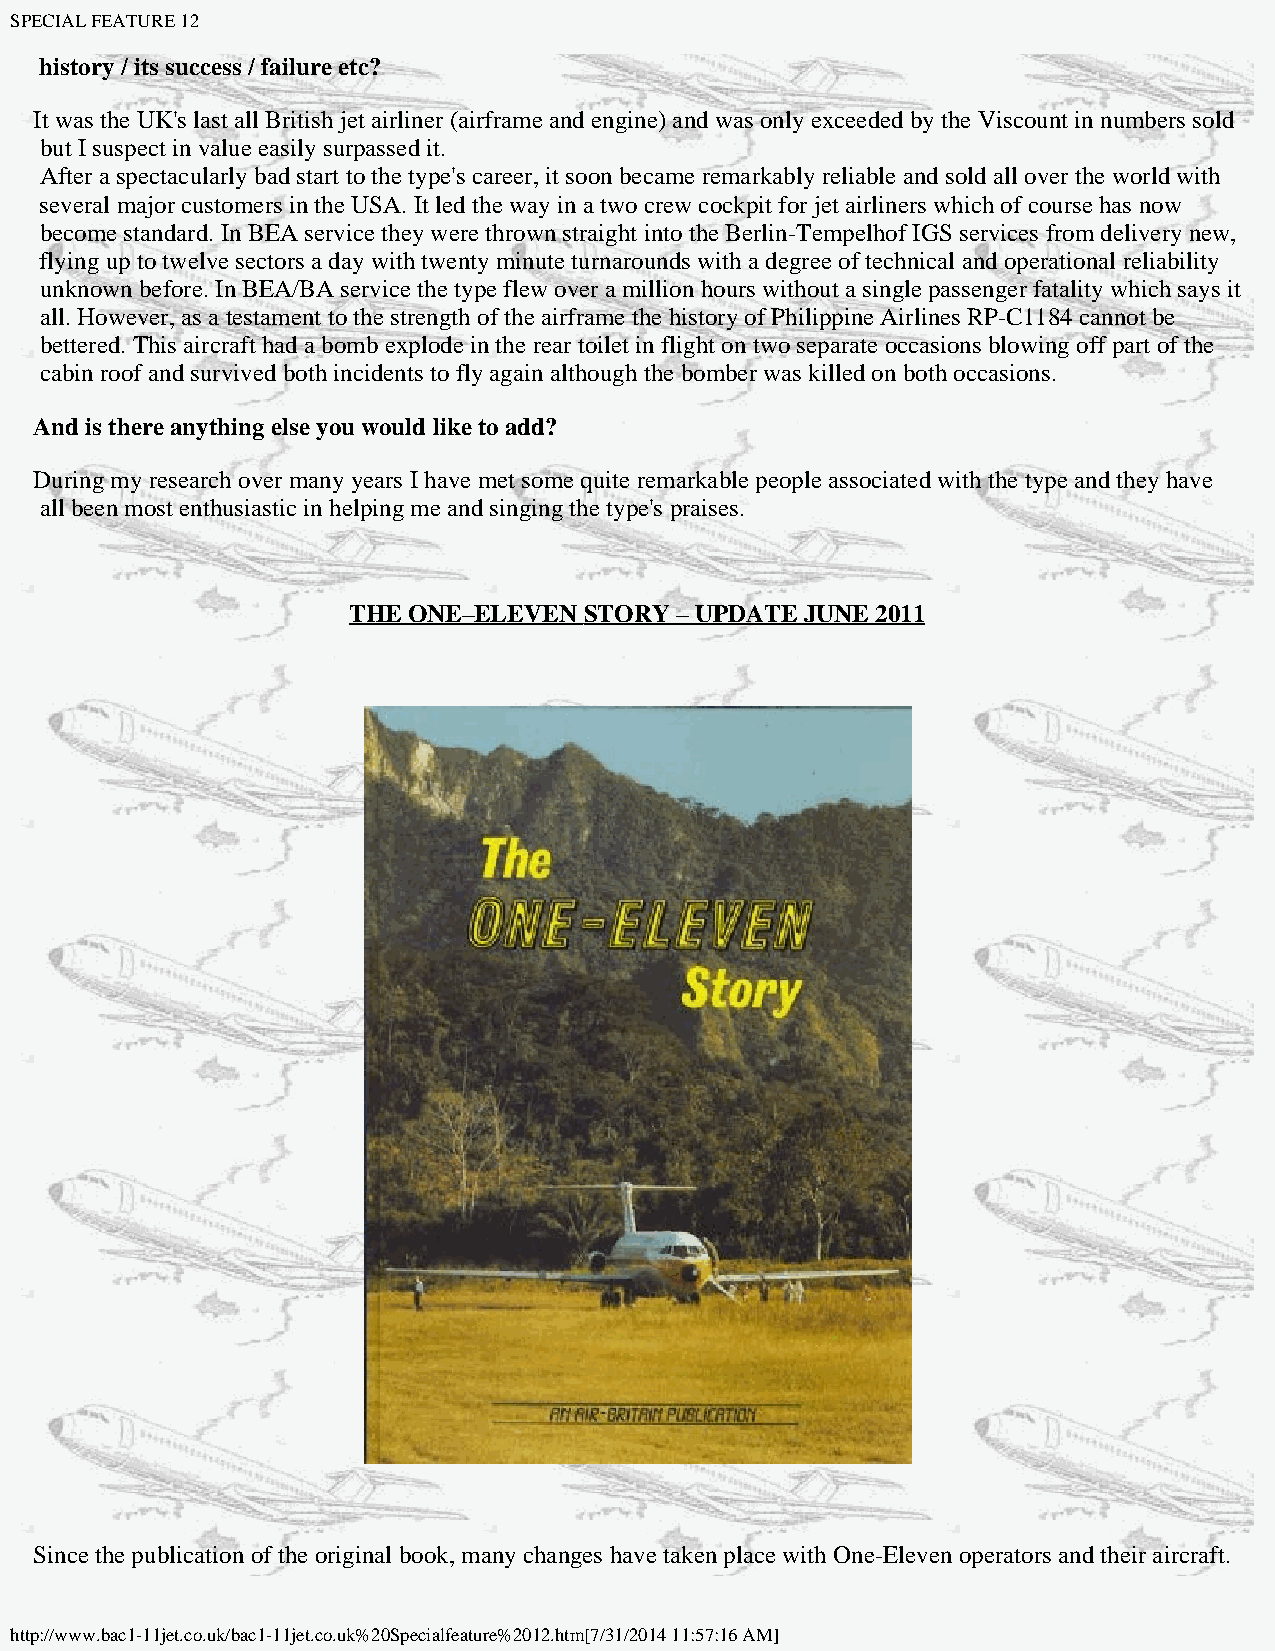
SPECIAL FEATURE 12
 history / its success / failure etc?
 It was the UK's last all British jet airliner (airframe and engine) and was only exceeded by the Viscount in numbers sold
 but I suspect in value easily surpassed it.
 After a spectacularly bad start to the type's career, it soon became remarkably reliable and sold all over the world with
 several major customers in the USA. It led the way in a two crew cockpit for jet airliners which of course has now
 become standard. In BEA service they were thrown straight into the Berlin-Tempelhof IGS services from delivery new,
 flying up to twelve sectors a day with twenty minute turnarounds with a degree of technical and operational reliability
 unknown before. In BEA/BA service the type flew over a million hours without a single passenger fatality which says it
 all. However, as a testament to the strength of the airframe the history of Philippine Airlines RP-C1184 cannot be
 bettered. This aircraft had a bomb explode in the rear toilet in flight on two separate occasions blowing off part of the
 cabin roof and survived both incidents to fly again although the bomber was killed on both occasions.
 And is there anything else you would like to add?
 During my research over many years I have met some quite remarkable people associated with the type and they have
 all been most enthusiastic in helping me and singing the type's praises.
 THE ONE–ELEVEN  STORY – UPDATE JUNE 2011
 Since the publication of the original book, many changes have taken place with One-Eleven operators and their aircraft.
 http://www.bac1-11jet.co.uk/bac1-11jet.co.uk%20Specialfeature%2012.htm[7/31/2014 11:57:16 AM]